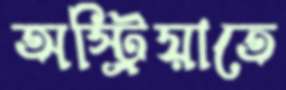
অস্ট্রিয়াতে